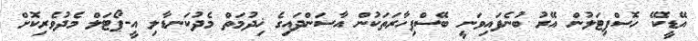
އޭޑީކޭ ހޮސްޕިޓަލުން އޭރު ބުނެފައިވަނީ ބޭސްފިހާރަތަކުން އާސަންދައިގެ ޚިދުމަތް މެދުކަނޑާލި އީ-ޕޯޓަލް މެދުވެރިކޮށް